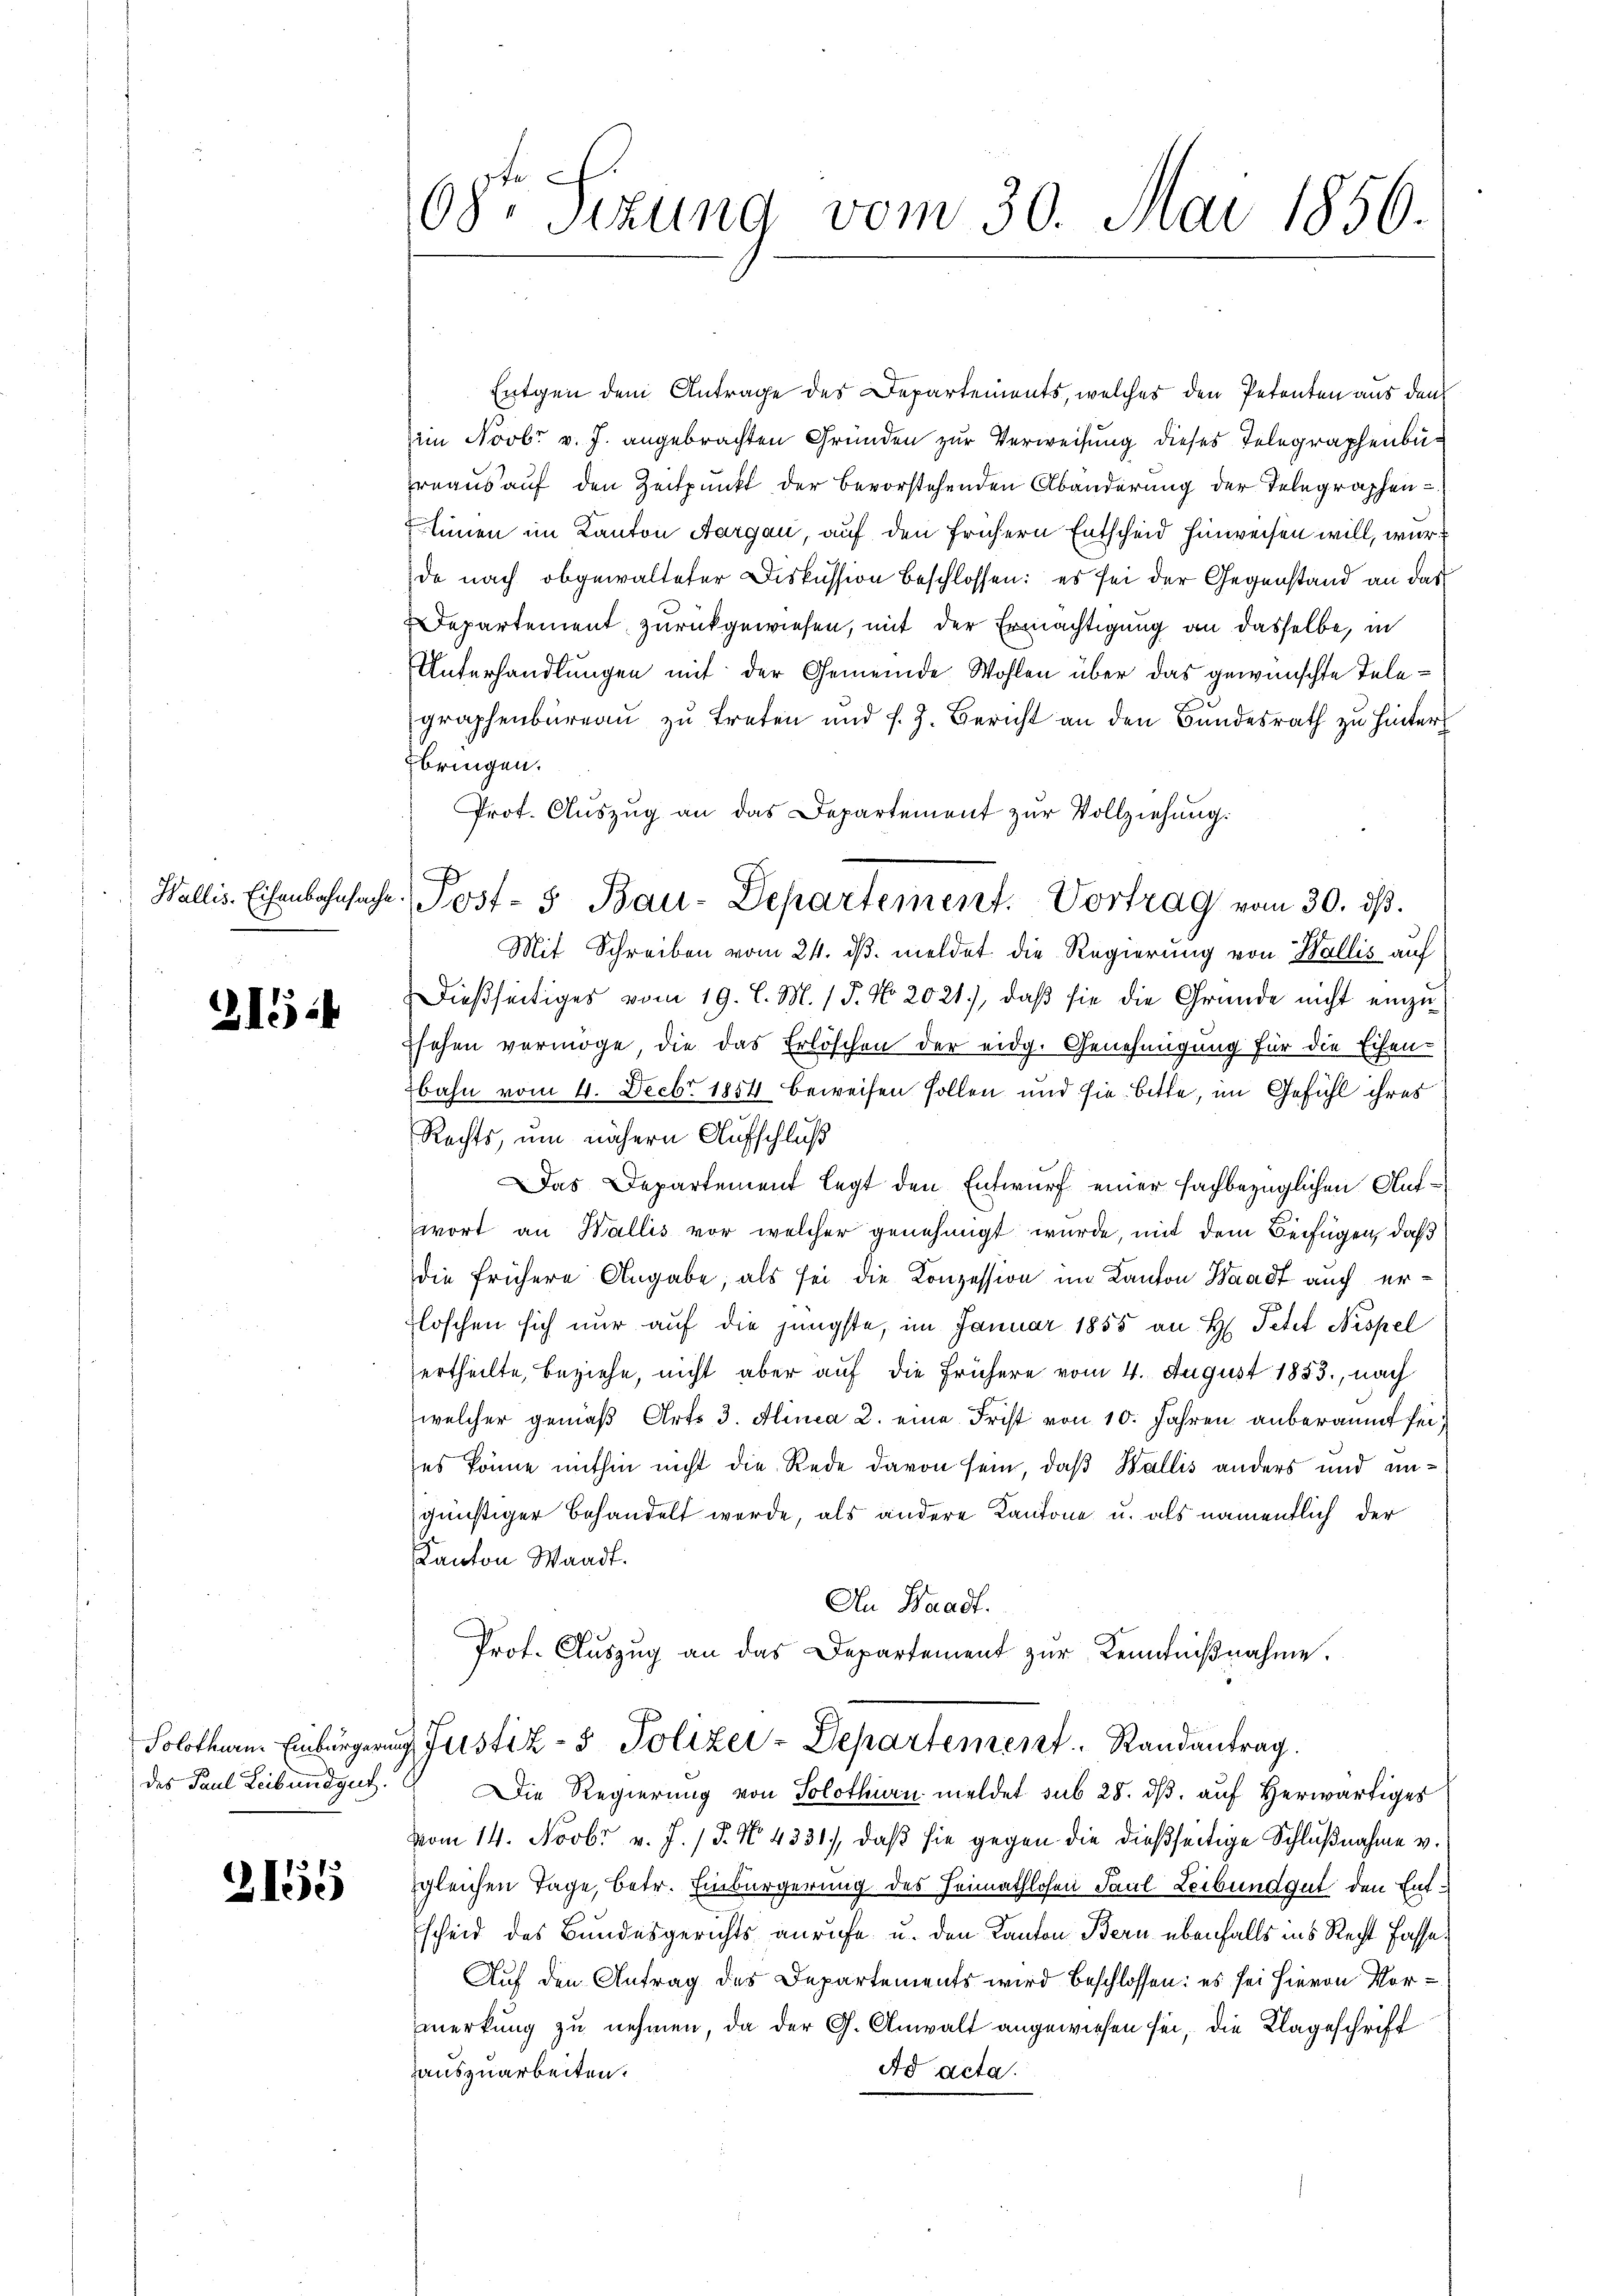
2154

des Paul Leibendgut.

2155

Entgen dem Antrage des Departements, welches den Petenten aus den
iin Novbr v. J. angebrachten Gründen zur Verweisung dieses Telegraphenbureaus auf den Zeitpunkt der bevorstehenden Abänderung der Telegraphen-
sinen im Kanton Aargau, auf den frühern Entscheid hinweisen will, wurde nach obgewalteter Diskussion beschlossen: es sei der Gegenstand an das
Departement zurückgewiesen, mit der Ermächtigung an dasselbe, in
Unterhandlungen mit der Gemeinde Wohlen über das gewünschte Telegraphenbüreaŭ zŭ treten und s. Z. Bericht an den Bŭndesrath zu hinter
bringen.
Mit Schreiben vom 24. ds. meldet die Regierung von Wallis auf
Dießseitiges vom 19. l. M. 18. No. 2021), daß sie die Gründe nicht einzusehen vermöge, die das Erlöschen der eidg. Genehmigung für die Eisen-
bahn vom 4. Decbr. 1854 beweisen sollen und sie bitte, im Gefühl ihres
Rechts, um nähern Aufschluß
Das Departement legt den Entwurf einer fachbezüglichen Aufwort an Wallis vor welcher genehmigt wurde, mit dem Beifügen, daß
die frühere Angabe, als sei die Konzession im Kanton Waadt auch erloschen sich nur auf die jüngste, im Januar 1855 an H. Petit Nispel
ertheilte, beziehe, nicht aber auf die frühere vom 4. August 1883, nach
welcher gemäß Art. 3. Alinea 2. eine Frist von 10. Jahren anberaumt seies könne mithin nicht die Rede davon sein, daß Wallis anders und eingünstiger behandelt werde, als andere Kantone u. als namentlich der
Kanton Waadt.
An Waadt.
Prot. Aŭszŭg an das Departement zŭr Kenntniβnahme.

08te Sizung vom 30. Mai 1856.

Prot. Auszug an das Departement zur Vollziehung.
Wallis. Eisenbahnsache Post- & Bau-Departement. Vortrag vom 30. dβ.

Solothurm Einbürgerung Justiz- & Polizei-Departement. Randantrag.

Die Regierung von Solothurn meldet sub 28. dβ, auf Herwärtiges
vom 14. Novbr v. J. / 5. No. 4331), daß sie gegen die dießseitige Schlußnahme v.
gleichen Tage, betr. Einbürgerung des Heimathlosen Paul Leibundgut den Ent¬
Escheid des Bundesgerichts anrufe u. den Kanton Bern ebenfalls ins Recht fasse¬
Auf den Antrag des Departements wird beschlossen: es sei hievon Vor-
merkung zu nehmen, da der G. Anwalt angewiesen sei, die Klageschrift
Ad acta.
auszuarbeiten.